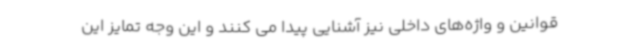
قوانین و واژه‌های داخلی نیز آشنایی پیدا می کنند و این وجه تمایز این